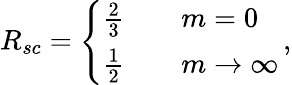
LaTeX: R_{sc}=\left\{ \begin{array}{ll}{\frac 23\quad}&{m=0}\\ {\frac 12}&{m\to\infty}\end{array}\right.\, ,